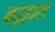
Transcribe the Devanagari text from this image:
बद्हाल